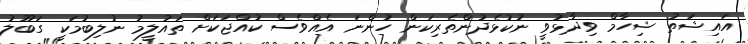
އައިޝަތު ޝިހާމް ވިދާޅުވީ ނުކުޅެދުންތެރިކަން ހުންނަ އެއްވެސް ކުއްޖަކަށް ތައުލީމު ނުލިބުމަކީ ގަބޫލު